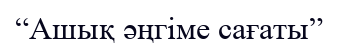
“Ашық әңгіме сағаты”